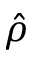
\hat { \rho }